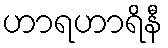
ဟာရဟာရိနီ